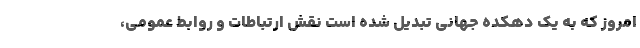
امروز که به یک دهکده جهانی تبدیل شده است نقش ارتباطات و روابط عمومی‌،